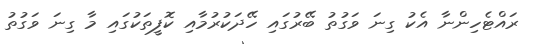
ރައްޓެހިންނާ އެކު ގިނަ ވަގުތު ބޭރުގައި ހޭދަކުރުމާއި ކޮފީތަކުގައި މާ ގިނަ ވަގުތު